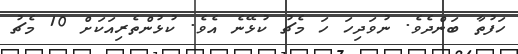
ހަފުތާ ބަންދެވެ. ނުވަދިހަ ހަ މެޗު ކުޅޭނެ އެވެ. ކުޅުންތެރިއަކަށް 10 މެޗު